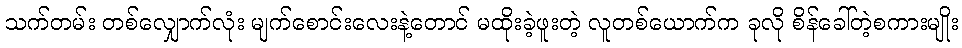
သက်တမ်း တစ်လျှောက်လုံး မျက်စောင်းလေးနဲ့တောင် မထိုးခဲ့ဖူးတဲ့ လူတစ်ယောက်က ခုလို စိန်ခေါ်တဲ့စကားမျိုး